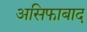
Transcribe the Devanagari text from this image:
असिफाबाद